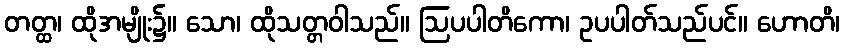
တတ္ထ၊ ထိုအမျိုး၌။ သော၊ ထိုသတ္တဝါသည်။ ဩပပါတိကော၊ ဥပပါတ်သည်ပင်။ ဟောတိ၊